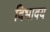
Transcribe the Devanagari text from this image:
विभावय